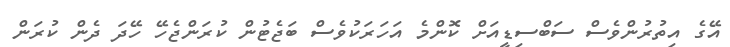
އޭގެ އިތުރުންވެސް ސަބްސިޑީއަށް ކޮންމެ އަހަރަކުވެސް ބަޖެޓުން ކުރަންޖެހޭ ހޭދަ ދެން ކުރަން